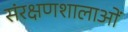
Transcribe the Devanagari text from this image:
संरक्षणशालाओं